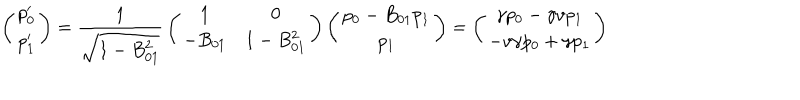
\left( \begin{array} { c } { { p _ { 0 } ^ { \prime } } } \\ { { p _ { 1 } ^ { \prime } } } \\ \end{array} \right) = { \frac { 1 } { \sqrt { 1 - B _ { 0 1 } ^ { 2 } } } } \left( \begin{array} { c c } { { 1 } } & { { 0 } } \\ { { - B _ { 0 1 } } } & { { 1 - B _ { 0 1 } ^ { 2 } } } \\ \end{array} \right) \left( \begin{array} { c } { { p _ { 0 } - B _ { 0 1 } p _ { 1 } } } \\ { { p _ { 1 } } } \\ \end{array} \right) = \left( \begin{array} { c } { { \gamma p _ { 0 } - \gamma v p _ { 1 } } } \\ { { - v \gamma p _ { 0 } + \gamma p _ { 1 } } } \\ \end{array} \right)